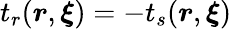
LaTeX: t_{r}(\boldsymbol{r},\boldsymbol{\xi})=-t_{s}(\boldsymbol{r},\boldsymbol{\xi})